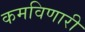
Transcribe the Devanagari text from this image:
कमविणारी